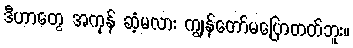
ဒီဟာတွေ အကုန် ဆံ့မလား ကျွန်တော်မပြောတတ်ဘူး။